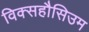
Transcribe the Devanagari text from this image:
विक्सहौसिउम